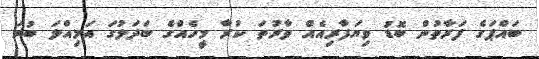
ބައްޕަގެ ފަރާތުން ބޮޑު ވިޔަފާރިއެއް ވާރުތަ ކުރާ މީހެއްގެ ބަދަލުގަ އަމިއްލަ ބުރަ